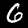
Label: 6